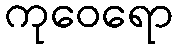
ကုဝေရော